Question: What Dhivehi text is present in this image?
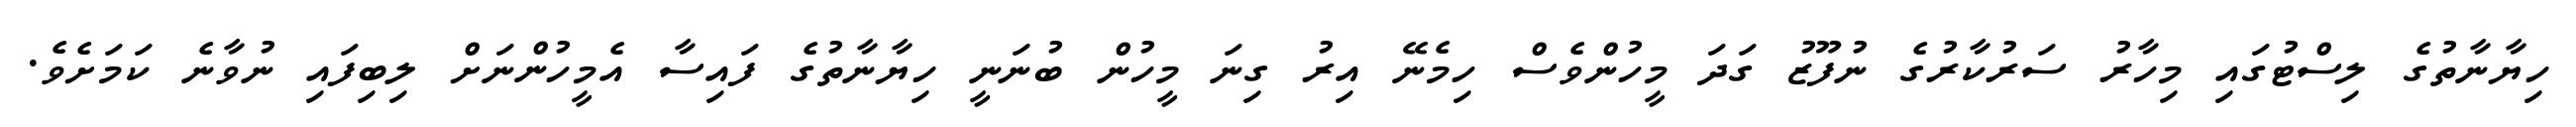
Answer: ހިޔާނާތުގެ ލިސްޓުގައި މިހާރު ސަރުކާރުގެ ނުފޫޒު ގަދަ މީހުންވެސް ހިމެނޭ އިރު ގިނަ މީހުން ބުނަނީ ހިޔާނާތުގެ ފައިސާ އެމީހުންނަށް ލިބިފައި ނުވާނެ ކަމަށެވެ.